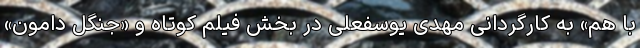
با هم» به کارگردانی مهدی یوسفعلی در بخش فیلم کوتاه و «جنگل دامون»